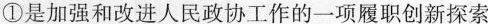
①是加强和改进人民政协工作的一项履职创新探索